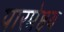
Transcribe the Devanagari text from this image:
पारमेष्ठय